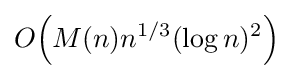
O{\mathord {\left(M(n)n^{1/3}(\log n)^{2}\right)}}